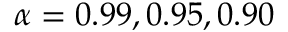
\alpha = 0 . 9 9 , 0 . 9 5 , 0 . 9 0